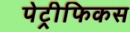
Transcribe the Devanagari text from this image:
पेट्रीफिकस